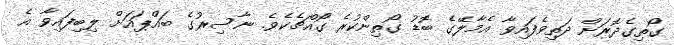
ގޯތިގެދޮރަށް ދަތިވެފައިވާ އެމާލޭގެ ބޮޑު ގޯތިންކުރެ ގޯއްޗެކެވެ. ނާސިރުގެ ބައްޕައަށް ލިބިފައިވާ އެ